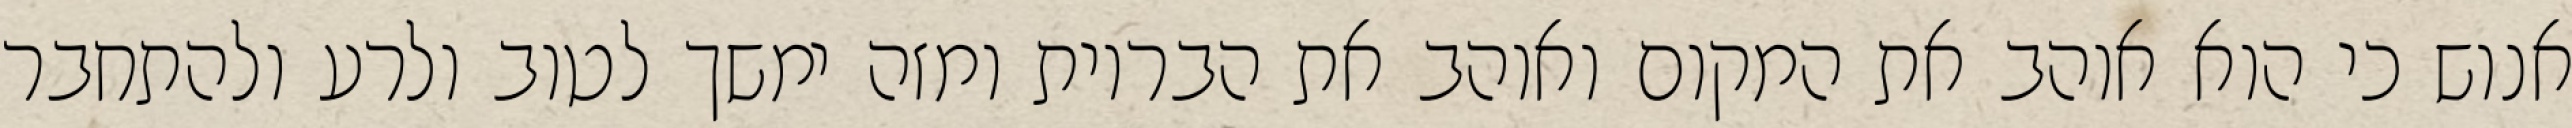
אנוש כי הוא אוהב את המקום ואוהב את הבריות ומזה ימשך לטוב ולרע ולהתחבר